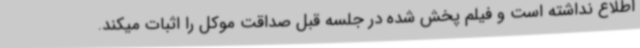
اطلاع نداشته است و فیلم پخش شده در جلسه قبل صداقت موکل را اثبات میکند.